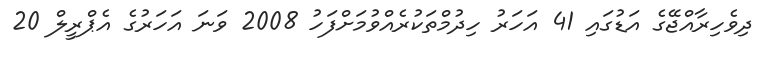
ދިވެހިރާއްޖޭގެ އަޑުގައި 41 އަހަރު ހިދުމްތަކުރެއްވުމަށްފަހު 2008 ވަނަ އަހަރުގެ އެޕްރީލް 20